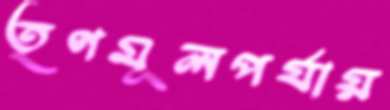
তৃণমূলপর্যায়